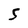
Character: 5